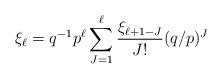
LaTeX: \begin{align*} \xi_\ell = q^{-1}p^{\ell} \sum_{J=1}^\ell \frac{\xi_{\ell+1-J}}{J!} (q/p)^{J} \end{align*}